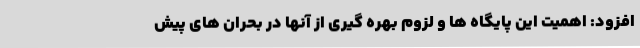
افزود: اهمیت این پایگاه ها و لزوم بهره گیری از آنها در بحران های پیش